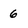
Character: 6